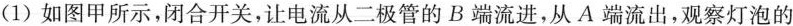
(1)如图甲所示，闭合开关，让电流从二极管的B端流进，从A端流出，观察灯泡的